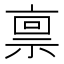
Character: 禀